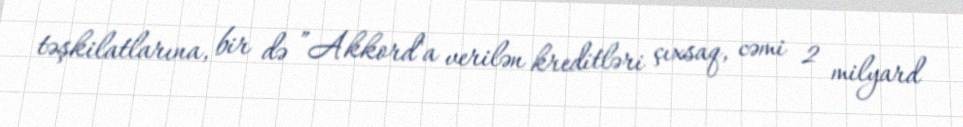
təşkilatlarına, bir də ”Akkord"a verilən kreditləri çıxsaq, cəmi 2 milyard